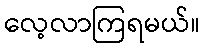
လေ့လာကြရမယ်။